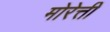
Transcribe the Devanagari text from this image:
मोरेत्ती